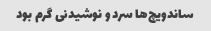
ساندویچ‌ها سرد و نوشیدنی گرم بود